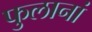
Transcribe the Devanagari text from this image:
फुलानां